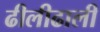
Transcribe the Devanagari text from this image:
ढीलीढाली